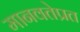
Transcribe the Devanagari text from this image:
मानवतेप्रत